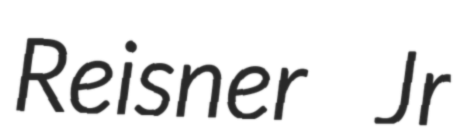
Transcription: Reisner Jr